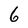
Character: 6